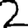
Digit: 2